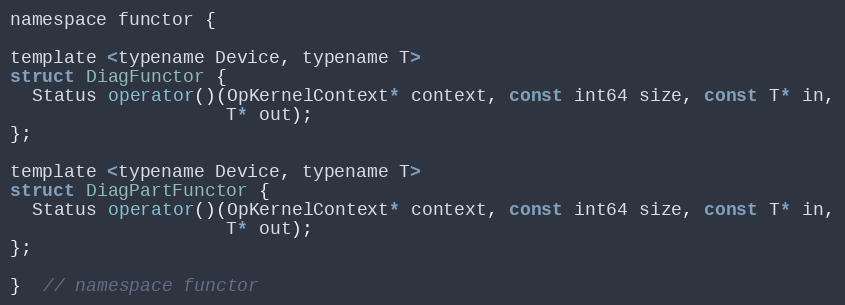
Language: C
namespace functor {

template <typename Device, typename T>
struct DiagFunctor {
  Status operator()(OpKernelContext* context, const int64 size, const T* in,
                    T* out);
};

template <typename Device, typename T>
struct DiagPartFunctor {
  Status operator()(OpKernelContext* context, const int64 size, const T* in,
                    T* out);
};

}  // namespace functor